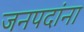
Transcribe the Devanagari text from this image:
जनपदांना